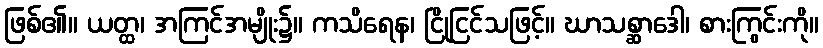
ဖြစ်၏။ ယတ္ထ၊ အကြင်အမျိုး၌။ ကသိရေန၊ ငြိုငြင်သဖြင့်။ ဃာသစ္ဆာဒေါ၊ စားကြွင်းကို။